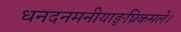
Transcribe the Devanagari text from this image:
धनदनमनीयाङ्‌घ्रिकमले।